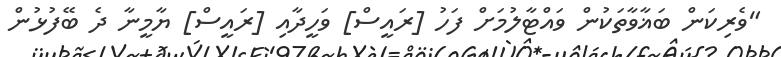
"ވެރިކަން ބަޣާވާތަކުން ވައްޓާލުމަށް ފަހު [ރައީސް] ވަހީދާއި [ރައީސް] ޔާމީނާ ދެ ބޭފުޅުން